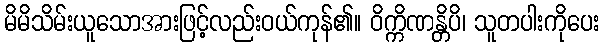
မိမိသိမ်းယူသောအားဖြင့်လည်းဝယ်ကုန်၏။ ဝိက္ကိဏန္တိပိ၊ သူတပါးကိုပေး